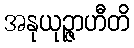
အနုယုဉ္ဇာဟီတိ